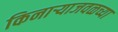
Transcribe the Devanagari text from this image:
किनार्‍याजवळच्या